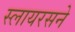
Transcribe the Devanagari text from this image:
स्लायरसने